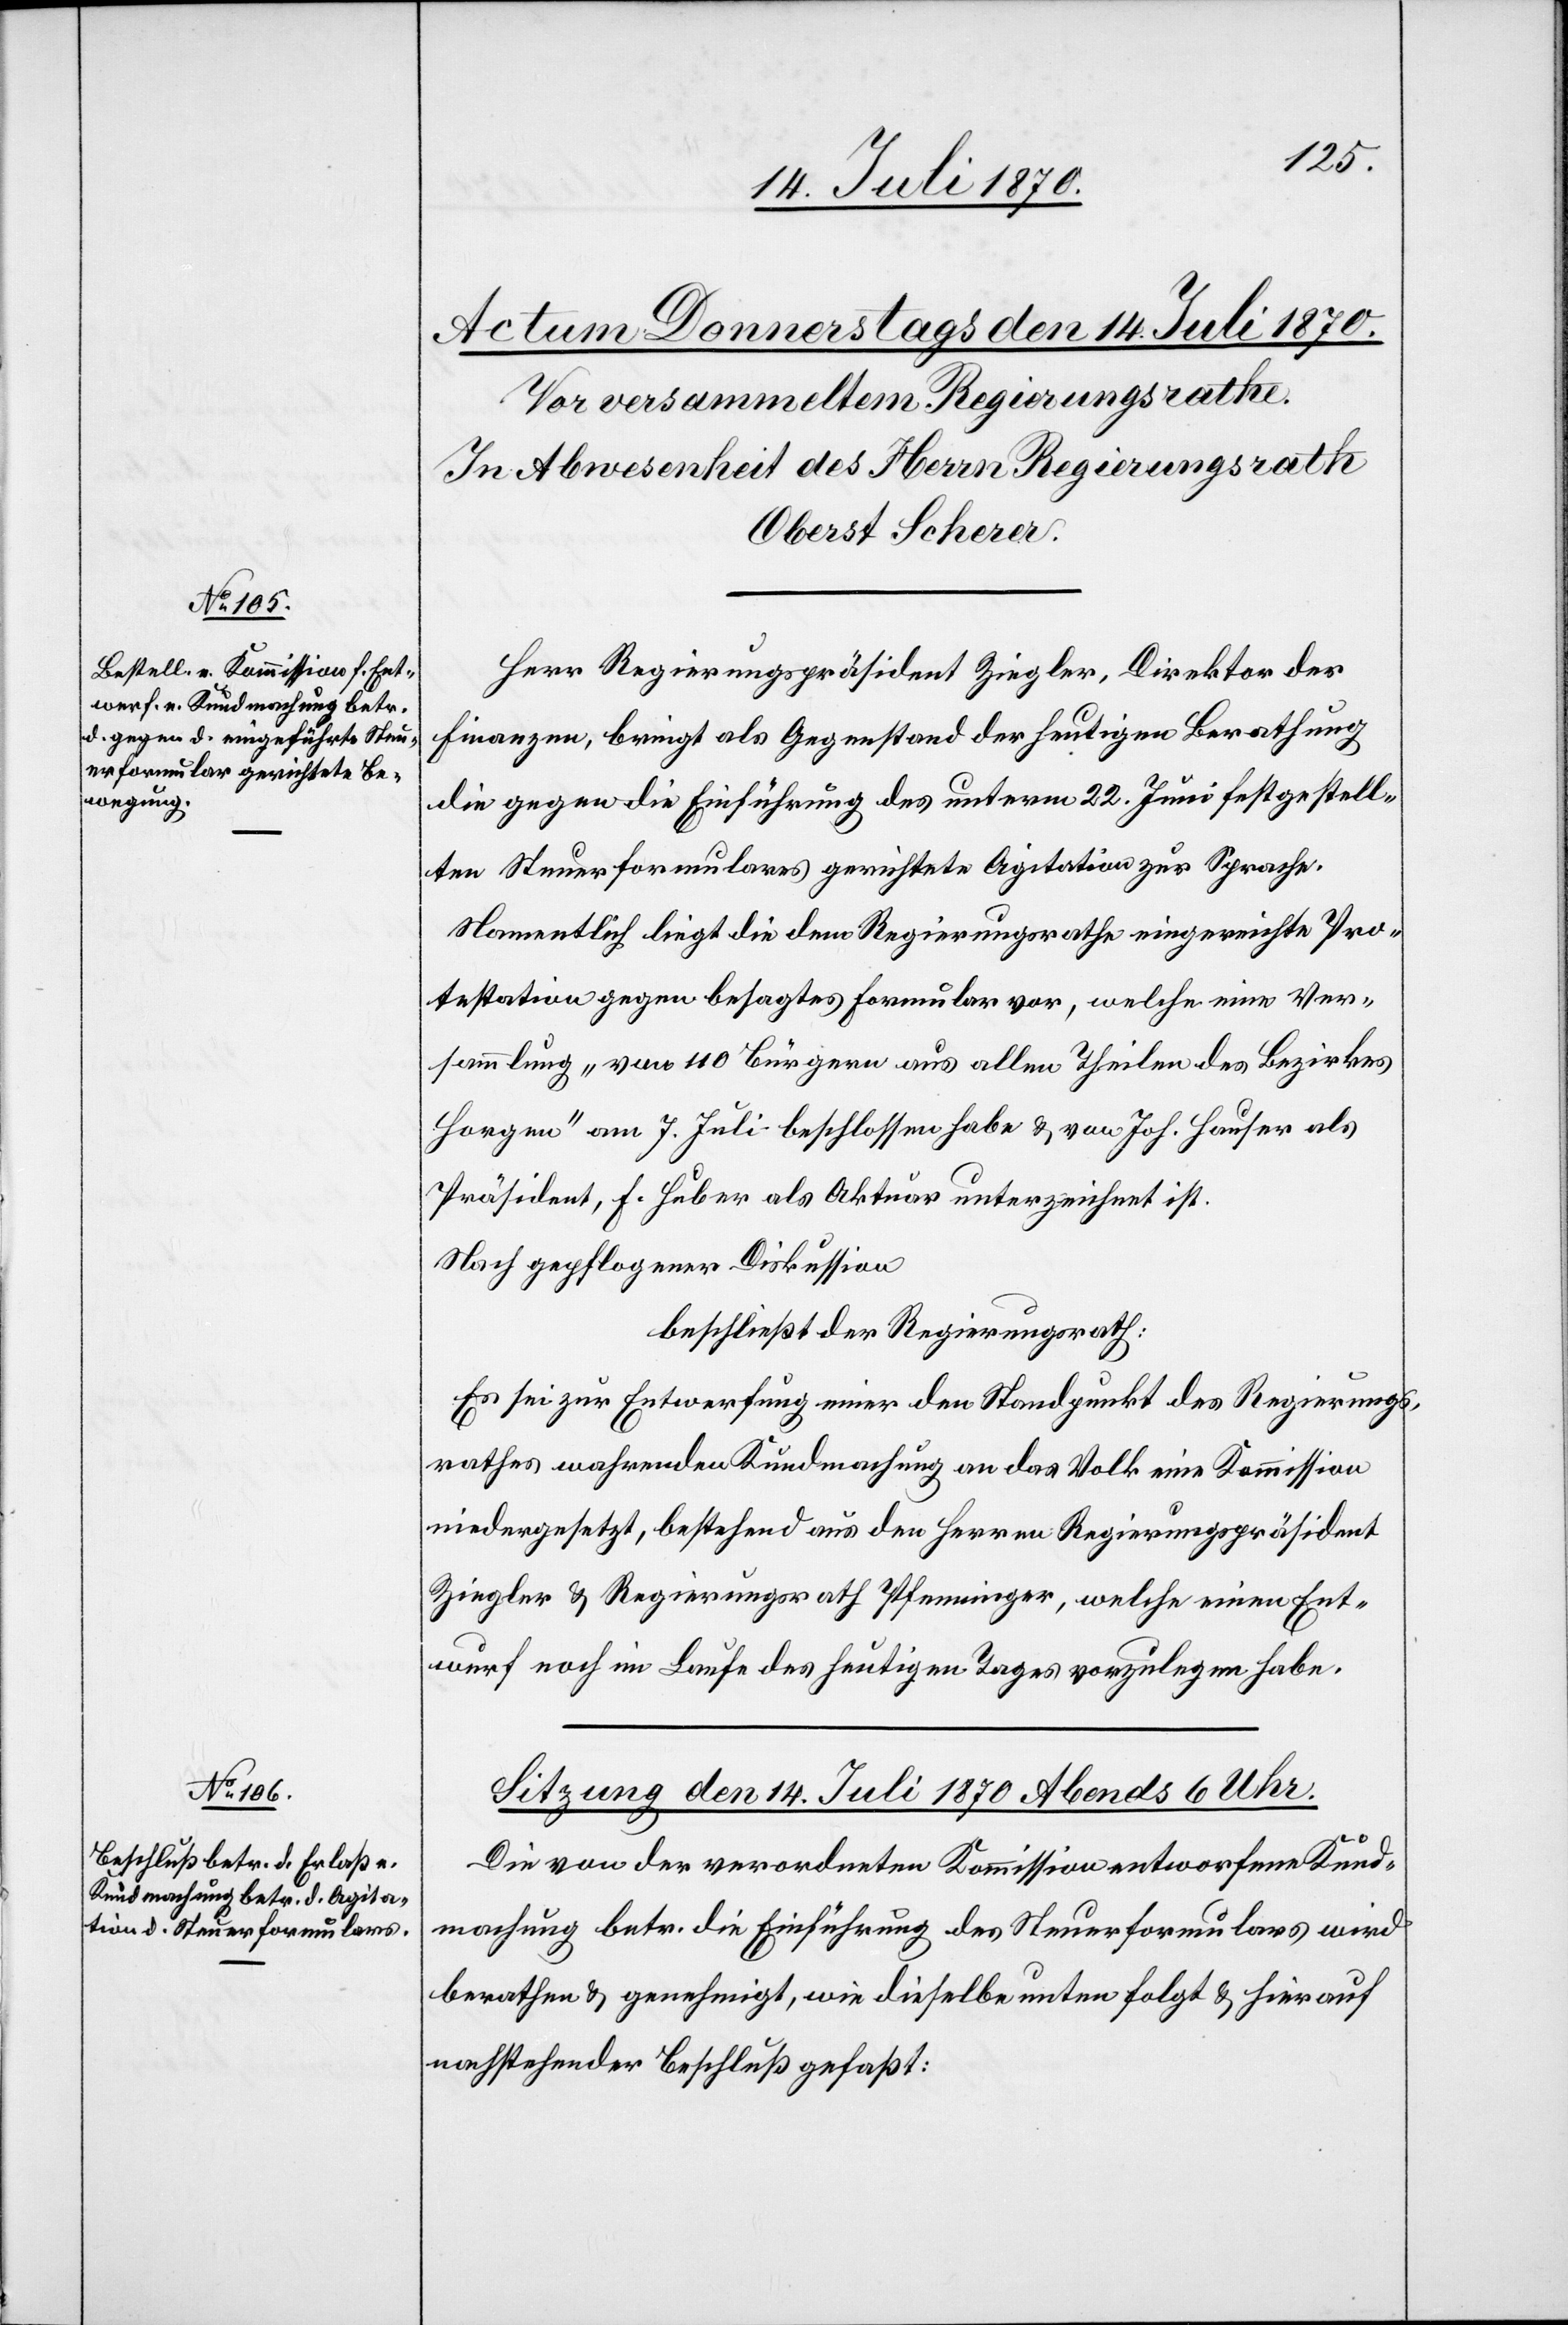
Herr Regierungspräsident Ziegler, Direktor der
Finanzen, bringt als Gegenstand der heutigen Berathung
die gegen die Einführung des unterm 22. Juni festgestell¬
ten Steuerformulare gerichtete Agitation zur Sprache.
Namentlich liegt die dem Regierungsrathe eingereichte Pro¬
testation gegen besagtes Formular vor, welche eine Ver¬
sammlung „von 110 Bürgern aus allen Theilen des Bezirkes
Horgen“ am 7. Juli beschlossen habe & von Joh. Hauser als
Präsident, F. Huber als Aktuar unterzeichnet ist.
Nach gepflogener Diskussion
beschließt der Regierungsrath:
Es sei zur Entwerfung einer den Standpunkt des Regierungs¬
rathes wahrenden Kundmachung an das Volk eine Kommission
niedergesetzt, bestehend aus den Herren Regierungspräsident
Ziegler & Regierungsrath Pfenninger, welche einen Ent¬
wurf noch im Laufe des heutigen Tages vorzulegen habe.
Die von der verordneten Kommission entworfene Kund¬
machung betr. die Einführung des Steuerformulars wird
berathen & genehmigt, wie dieselbe unten folgt & hierauf
nachstehender Beschluß gefaßt: